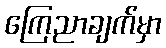
ကြေညာချက်မှာ